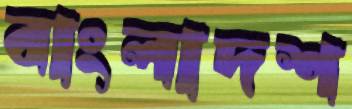
বাংলাদশ